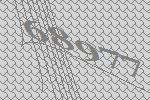
68977